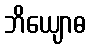
ဘိယျောဓ